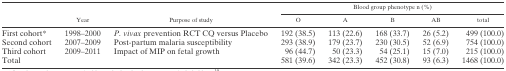
<table><thead><tr><td rowspan="2"></td><td rowspan="2"><b>Year</b></td><td rowspan="2"><b>Purpose of study</b></td><td colspan="5"><b>Blood group phenotype n (%)</b></td></tr><tr><td><b>O</b></td><td><b>A</b></td><td><b>B</b></td><td><b>AB</b></td><td><b>total</b></td></tr></thead><tbody><tr><td>First cohort*</td><td>1998–2000</td><td><i>P. vivax</i> prevention RCT CQ versus Placebo</td><td>192 (38.5)</td><td>113 (22.6)</td><td>168 (33.7)</td><td>26 (5.2)</td><td>499 (100.0)</td></tr><tr><td>Second cohort</td><td>2007–2009</td><td>Post-partum malaria susceptibility</td><td>293 (38.9)</td><td>179 (23.7)</td><td>230 (30.5)</td><td>52 (6.9)</td><td>754 (100.0)</td></tr><tr><td>Third cohort</td><td>2009–2011</td><td>Impact of MIP on fetal growth</td><td>96 (44.7)</td><td>50 (23.3)</td><td>54 (25.1)</td><td>15 (7.0)</td><td>215 (100.0)</td></tr><tr><td>Total</td><td></td><td></td><td>581 (39.6)</td><td>342 (23.3)</td><td>452 (30.8)</td><td>93 (6.3)</td><td>1468 (100.0)</td></tr></tbody></table>